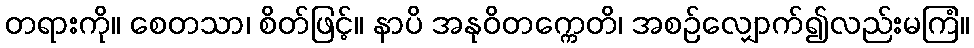
တရားကို။ စေတသာ၊ စိတ်ဖြင့်။ နာပိ အနုဝိတက္ကေတိ၊ အစဉ်လျှောက်၍လည်းမကြံ။